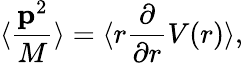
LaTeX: \langle{\frac{{\mathbf p}^{2}}{M}}\rangle=\langle r{\frac{\partial}{\partial r}}V(r)\rangle,